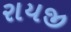
રાયજી